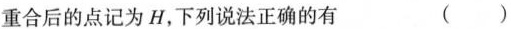
重合后的点记为H，下列说法正确的有 ()